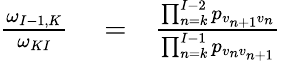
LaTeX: \begin{array}{rlr}{{\frac{\omega_{I-1,K}}{\omega_{KI}}}}&{{}=}&{\frac{\prod_{n=k}^{I-2}p_{v_{n+1}v_{n}}}{\prod_{n=k}^{I-1}p_{v_{n}v_{n+1}}}}\end{array}